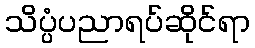
သိပ္ပံပညာရပ်ဆိုင်ရာ